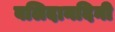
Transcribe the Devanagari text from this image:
बलिदानदिनी